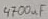
Text: 4700µF